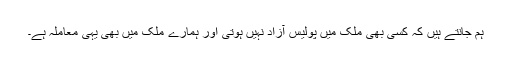
ہم جانتے ہیں کہ کسی بھی ملک میں پولیس آزاد نہیں ہوتی اور ہمارے ملک میں بھی یہی معاملہ ہے۔